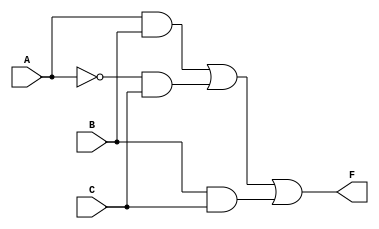
module combinational_logic (
    input wire A,     // Input A
    input wire B,     // Input B
    input wire C,     // Input C
    output wire F     // Output F
);

// Intermediate wires for gates
wire AB;       // AND for AB
wire A_not;    // NOT for A
wire A_not_C;  // AND for A'C
wire BC;       // AND for BC

// Logic implementations
assign AB = A & B;            // AB
assign A_not = ~A;           // A'
assign A_not_C = A_not & C;  // A'C
assign BC = B & C;           // BC

// Final output F = AB + A'C + BC
assign F = AB | A_not_C | BC;

endmodule